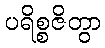
ပရိစ္စဇိတွာ